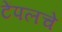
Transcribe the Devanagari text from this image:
टेंपलचे